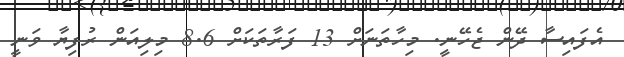
އެފައިސާ ދޭން ޖެހޭނީ. މިހާތަނަށް 13 ފަރާތަކަށް 8.6 މިލިއަން ރުފިޔާ ވަނީ